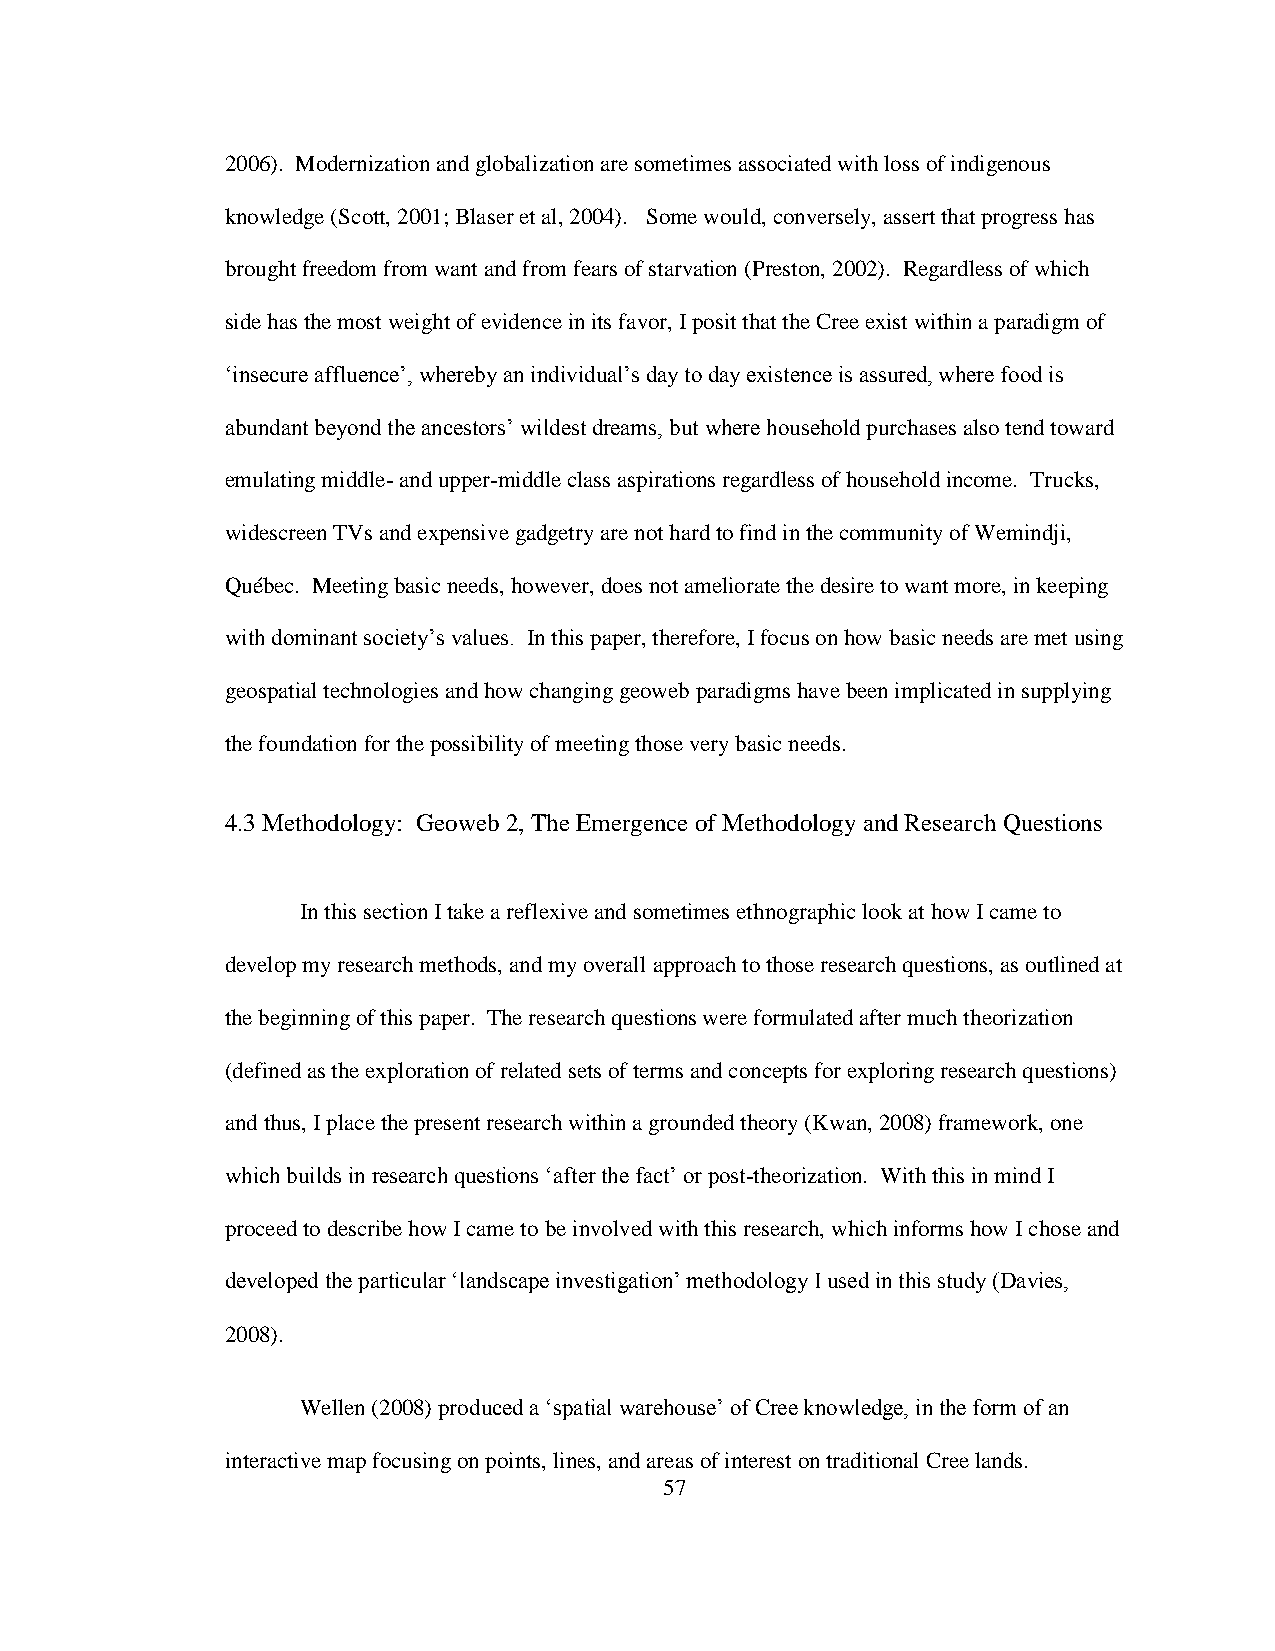
2006). Modernization and globalization are sometimes associated with loss of indigenous
 knowledge (Scott, 2001; Blaser et al, 2004). Some would, conversely, assert that progress has
 brought freedom from want and from fears of starvation (Preston, 2002). Regardless of which
 side has the most weight of evidence in its favor, I posit that the Cree exist within a paradigm of
 „insecure affluence‟, whereby an individual‟s day to day existence is assured, where food is
 abundant beyond the ancestors‟ wildest dreams, but where household purchases also tend toward
 emulating middle- and upper-middle class aspirations regardless of household income. Trucks,
 widescreen TVs and expensive gadgetry are not hard to find in the community of Wemindji,
 Québec. Meeting basic needs, however, does not ameliorate the desire to want more, in keeping
 with dominant society‟s values. In this paper, therefore, I focus on how basic needs are met using
 geospatial technologies and how changing geoweb paradigms have been implicated in supplying
 the foundation for the possibility of meeting those very basic needs.
 4.3 Methodology: Geoweb 2, The Emergence of Methodology and Research Questions
 In this section I take a reflexive and sometimes ethnographic look at how I came to
 develop my research methods, and my overall approach to those research questions, as outlined at
 the beginning of this paper. The research questions were formulated after much theorization
 (defined as the exploration of related sets of terms and concepts for exploring research questions)
 and thus, I place the present research within a grounded theory (Kwan, 2008) framework, one
 which builds in research questions „after the fact‟ or post-theorization. With this in mind I
 proceed to describe how I came to be involved with this research, which informs how I chose and
 developed the particular „landscape investigation‟ methodology I used in this study (Davies,
 2008).
 Wellen (2008) produced a „spatial warehouse‟ of Cree knowledge, in the form of an
 interactive map focusing on points, lines, and areas of interest on traditional Cree lands.
 57